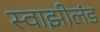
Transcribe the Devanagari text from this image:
स्वाझीलंड